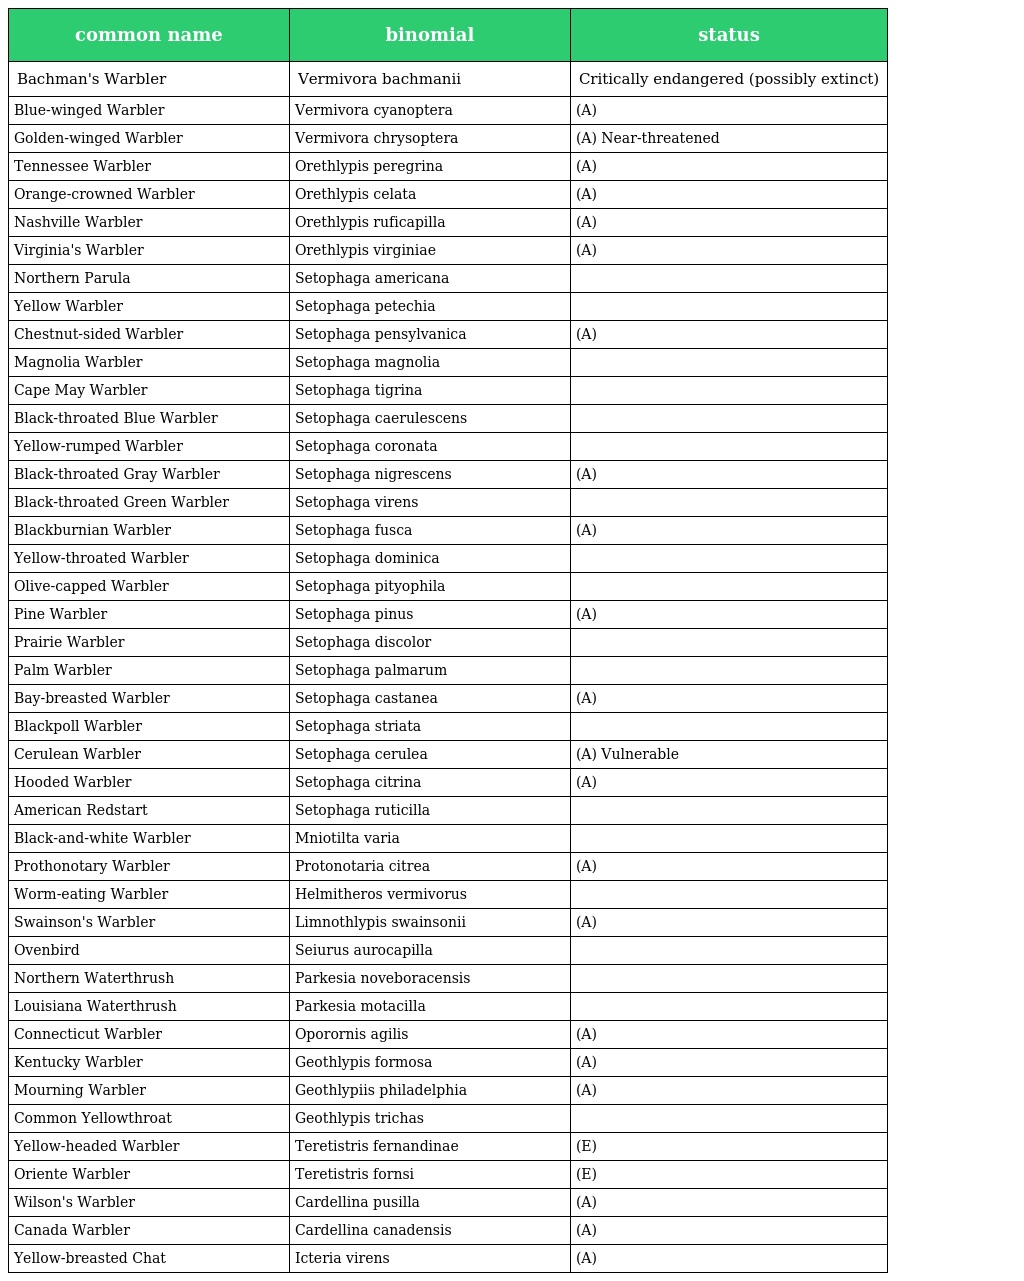
| common name | binomial | status |
 | --- | --- | --- |
 | Bachman's Warbler | Vermivora bachmanii | Critically endangered (possibly extinct) |
 | Blue-winged Warbler | Vermivora cyanoptera | (A) |
 | Golden-winged Warbler | Vermivora chrysoptera | (A) Near-threatened |
 | Tennessee Warbler | Orethlypis peregrina | (A) |
 | Orange-crowned Warbler | Orethlypis celata | (A) |
 | Nashville Warbler | Orethlypis ruficapilla | (A) |
 | Virginia's Warbler | Orethlypis virginiae | (A) |
 | Northern Parula | Setophaga americana |  |
 | Yellow Warbler | Setophaga petechia |  |
 | Chestnut-sided Warbler | Setophaga pensylvanica | (A) |
 | Magnolia Warbler | Setophaga magnolia |  |
 | Cape May Warbler | Setophaga tigrina |  |
 | Black-throated Blue Warbler | Setophaga caerulescens |  |
 | Yellow-rumped Warbler | Setophaga coronata |  |
 | Black-throated Gray Warbler | Setophaga nigrescens | (A) |
 | Black-throated Green Warbler | Setophaga virens |  |
 | Blackburnian Warbler | Setophaga fusca | (A) |
 | Yellow-throated Warbler | Setophaga dominica |  |
 | Olive-capped Warbler | Setophaga pityophila |  |
 | Pine Warbler | Setophaga pinus | (A) |
 | Prairie Warbler | Setophaga discolor |  |
 | Palm Warbler | Setophaga palmarum |  |
 | Bay-breasted Warbler | Setophaga castanea | (A) |
 | Blackpoll Warbler | Setophaga striata |  |
 | Cerulean Warbler | Setophaga cerulea | (A) Vulnerable |
 | Hooded Warbler | Setophaga citrina | (A) |
 | American Redstart | Setophaga ruticilla |  |
 | Black-and-white Warbler | Mniotilta varia |  |
 | Prothonotary Warbler | Protonotaria citrea | (A) |
 | Worm-eating Warbler | Helmitheros vermivorus |  |
 | Swainson's Warbler | Limnothlypis swainsonii | (A) |
 | Ovenbird | Seiurus aurocapilla |  |
 | Northern Waterthrush | Parkesia noveboracensis |  |
 | Louisiana Waterthrush | Parkesia motacilla |  |
 | Connecticut Warbler | Oporornis agilis | (A) |
 | Kentucky Warbler | Geothlypis formosa | (A) |
 | Mourning Warbler | Geothlypiis philadelphia | (A) |
 | Common Yellowthroat | Geothlypis trichas |  |
 | Yellow-headed Warbler | Teretistris fernandinae | (E) |
 | Oriente Warbler | Teretistris fornsi | (E) |
 | Wilson's Warbler | Cardellina pusilla | (A) |
 | Canada Warbler | Cardellina canadensis | (A) |
 | Yellow-breasted Chat | Icteria virens | (A) |